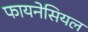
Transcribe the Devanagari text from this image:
फायनेसियल